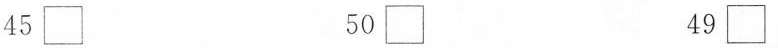
45□ 50□ 49□